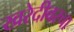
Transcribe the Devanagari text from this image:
खरेदीवरचा